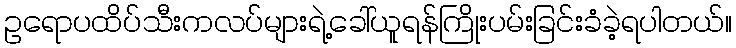
ဥရောပထိပ်သီးကလပ်များရဲ့ခေါ်ယူရန်ကြိုးပမ်းခြင်းခံခဲ့ရပါတယ်။